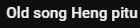
Old song Heng pitu